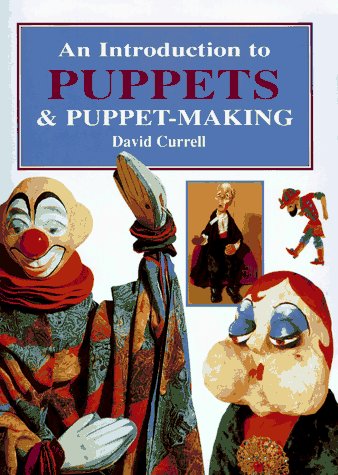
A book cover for Introduction to Puppets and Puppet-Making; David Currell; Crafts, Hobbies & Home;